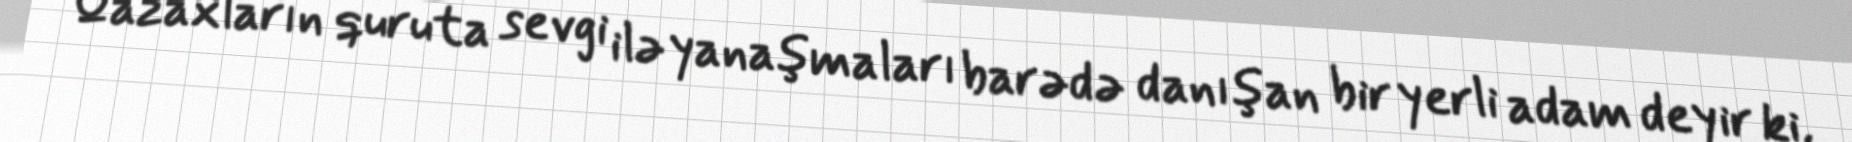
Qazaxların quruta sevgi ilə yanaşmaları barədə danışan bir yerli adam deyir ki,